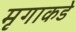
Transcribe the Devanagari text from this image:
मृगाकडे